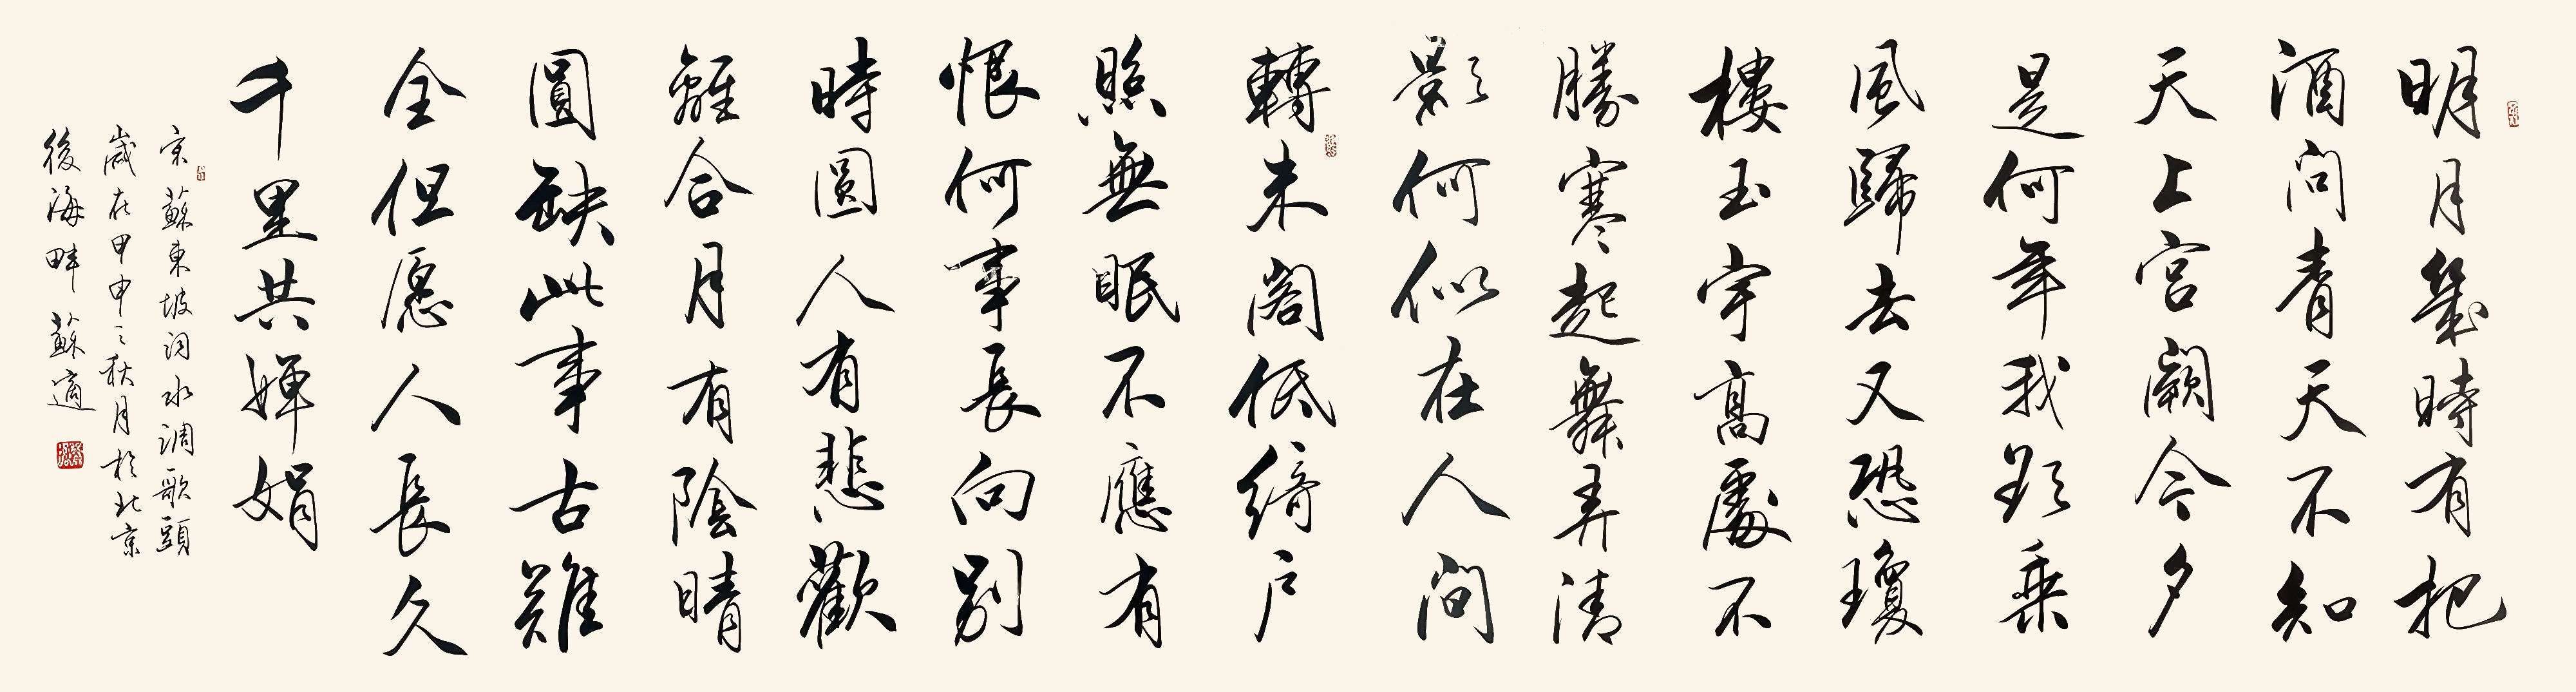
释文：明月几时有？把酒问青天。不知天上宫阙，今夕是何年。我欲乘风归去，又恐琼楼玉宇，高处不胜寒。起舞弄清影，何似在人间。转朱阁，低绮户，照无眠。不应有恨，何事长向别时圆？人有悲欢离合，月有阴晴圆缺，此事古难全。但愿人长久，千里共婵娟。宋苏东坡词《水调歌头》。岁在甲申之秋月于北京后海畔，苏适。